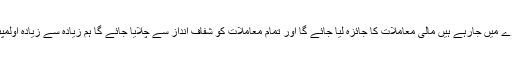
انہوں نے کہا کہ اس وقت ہم دو کروڑ اکیس لاکھ روپے خسارے میں جارہے ہیں مالی معاملات کا جائزہ لیا جائے گا اور تمام معاملات کو شفاف انداز سے چلایا جائے گا ہم زیادہ سے زیادہ اولمپئن کو اپنے ساتھ شامل کرکے ان کی خدمات حاصل کرینگے ۔